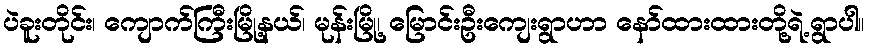
ပဲခူးတိုင်း၊ ကျောက်ကြီးမြို့နယ်၊ မုန်းမြို့၊ မြောင်းဦးကျေးရွာဟာ နော်ထားထားတို့ရဲ့ရွာပါ။